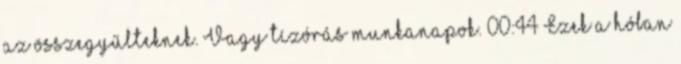
az összegyűlteknek. Vagy tízórás munkanapok. 00:44 Ezek a hóban